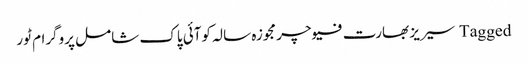
Tagged سیریز بھارت فیوچر مجوزہ سالہ کوآئی پاک شامل پروگرام ٹور